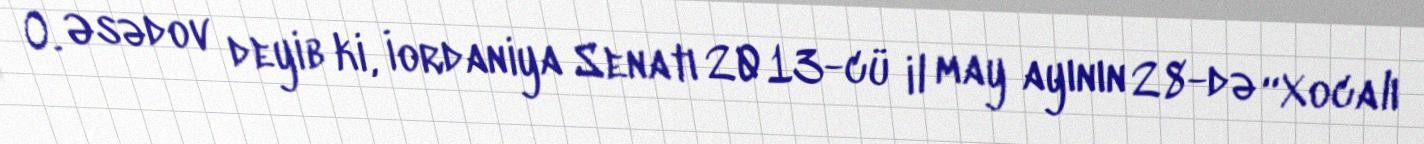
O. Əsədov deyib ki, İordaniya Senatı 2013-cü il may ayının 28-də “Xocalı